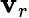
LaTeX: \mathbf{v}_{r}